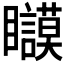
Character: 𱳚